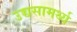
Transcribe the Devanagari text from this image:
उच्चसामर्थ्य